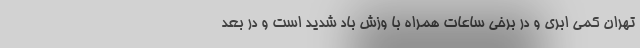
تهران کمی ابری و در برخی ساعات همراه با وزش باد شدید است و در بعد